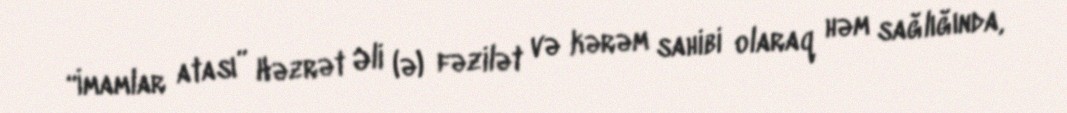
“İmamlar atası” Həzrət Əli (ə) fəzilət və kərəm sahibi olaraq həm sağlığında,